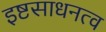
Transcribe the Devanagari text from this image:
इष्टसाधनत्व